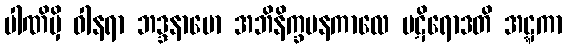
ပါဏိမှိ ဝါနရာ ဘဒ္ဒနာမော အဘိနိက္ခမနကာလေ ပဋိရောဒတိ အဋ္ဋကာ